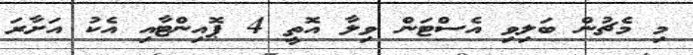
މި މެޗުން ބަލިވި އެސްޓަން ވިލާ އޮތީ 4 ޕޮއިންޓާއި އެކު އަށާރަ